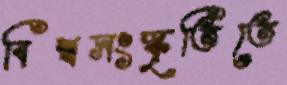
বিশ্বসংস্কৃতিতে